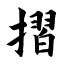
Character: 摺